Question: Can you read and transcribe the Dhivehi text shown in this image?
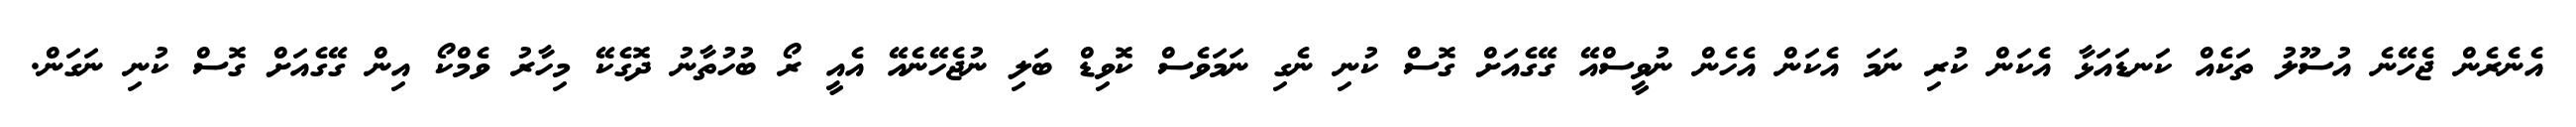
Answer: އެނެރެން ޖެހޭނެ އުސޫލު ތަކެއް ކަނޑައަޅާ އެކަން ކުރި ނަމަ އެކަން އެހެން ނުވީސްއޭ ގޭގެއަށް ގޮސް ކުނި ނެގި ނަމަވެސް ކޮވިޑް ބަލި ނުޖެހޭނެއޭ އެއީ ރޯ ބުހުތާނު ދޮގެކޭ މިހާރު ވެމްކޯ އިން ގޭގެއަށް ގޮސް ކުނި ނަގަން.